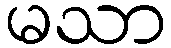
မသာ